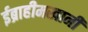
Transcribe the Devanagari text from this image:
ईब्राहीमखानी